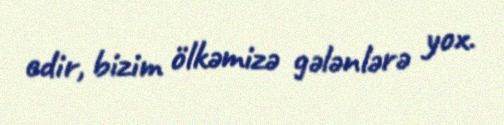
edir, bizim ölkəmizə gələnlərə yox.